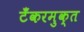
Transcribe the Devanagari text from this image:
टँकरमुक्त